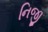
નિજી